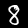
Digit: 8